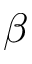
{ \boldsymbol \beta }